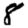
Digit: 8